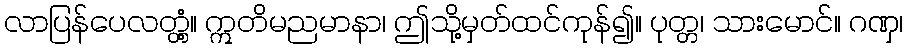
လာပြန်ပေလတ္တံ့။ ဣတိမညမာနာ၊ ဤသို့မှတ်ထင်ကုန်၍။ ပုတ္တ၊ သားမောင်။ ဂဏှ၊